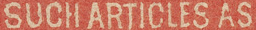
SUCH ARTICLES AS